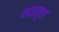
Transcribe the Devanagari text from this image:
भद्रतापूर्ण